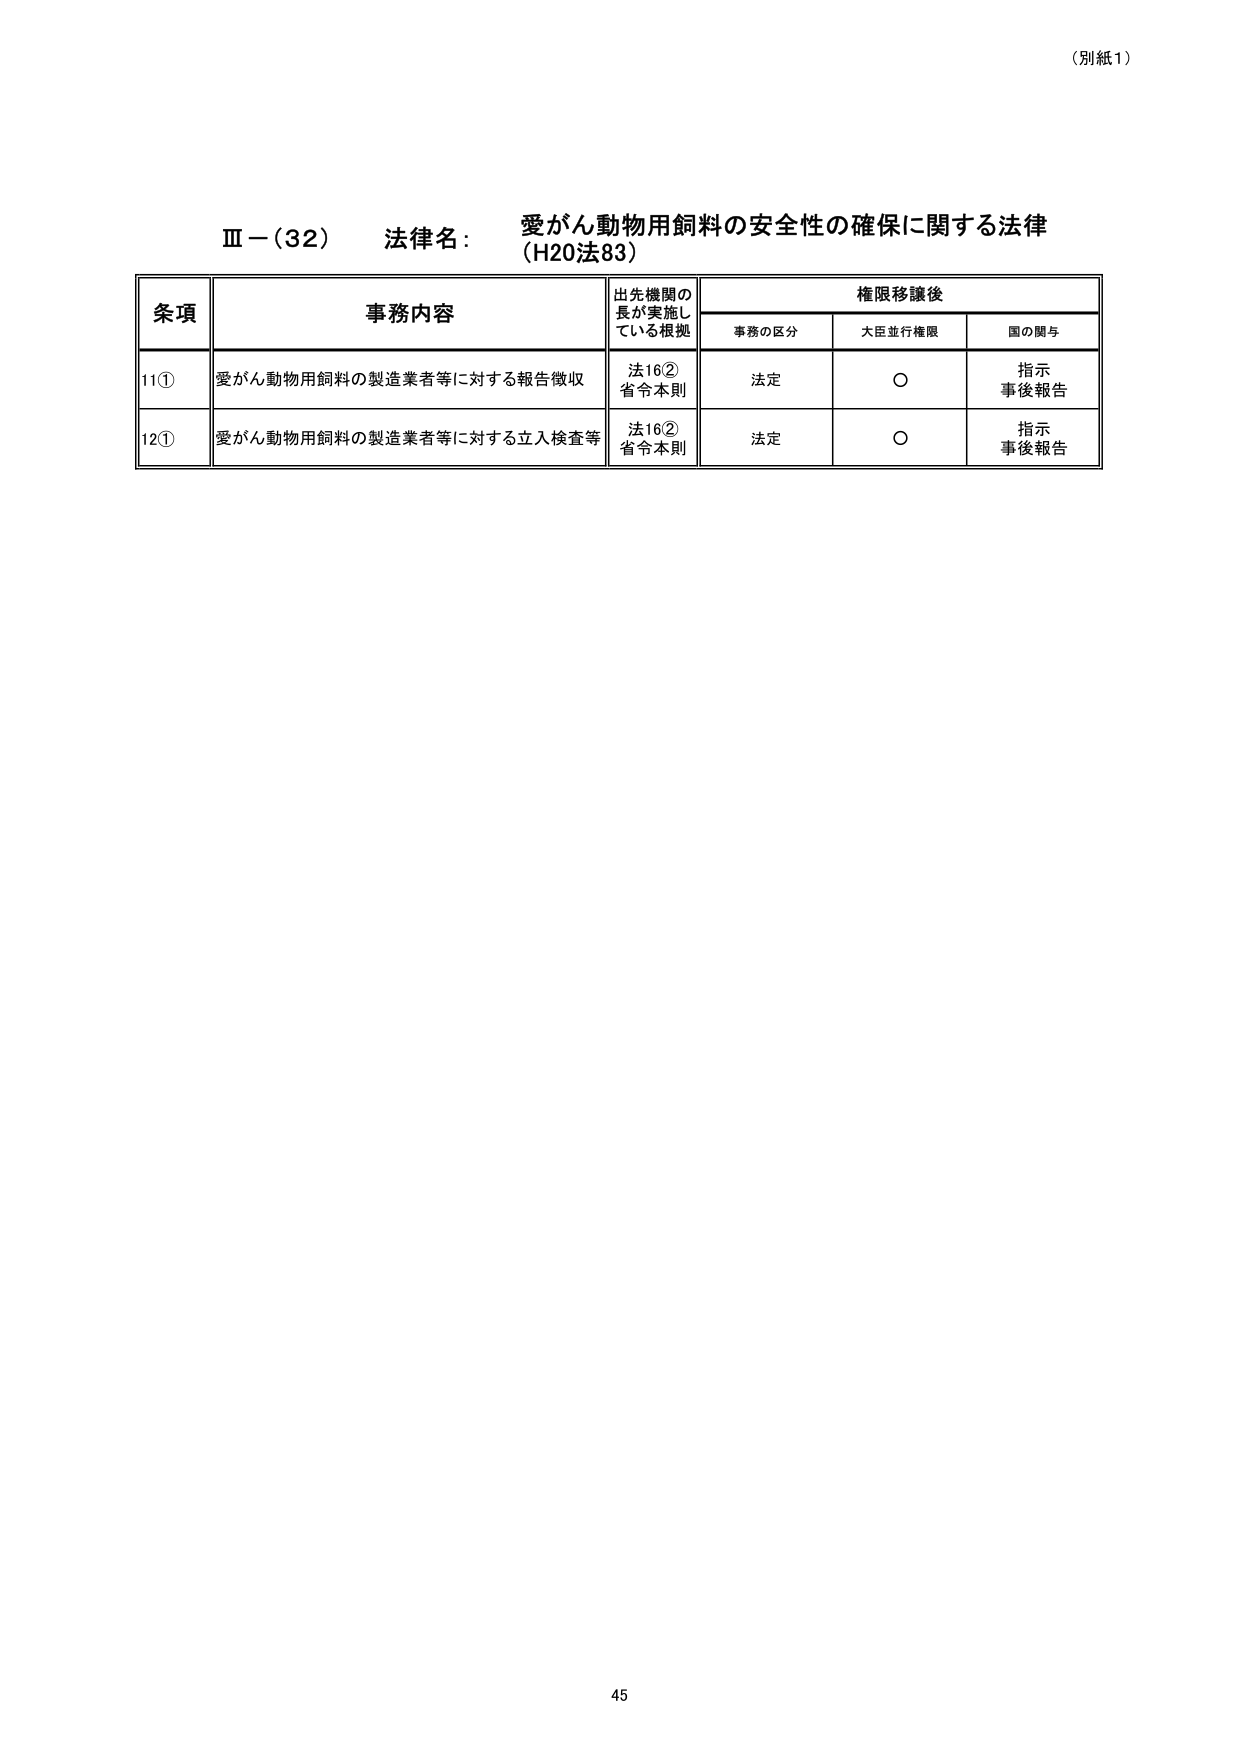
（別紙1）

Ⅲ－（32） 法律名： 愛がん動物用飼料の安全性の確保に関する法律
（H20法83）

条項 事務内容 出先機関の長が実施している根拠 権限移譲後